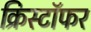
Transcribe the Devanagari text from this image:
क्रिस्टॉफर